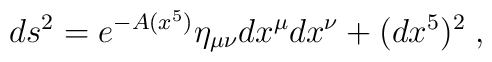
ds^2 = e^{-A(x^5)} \eta_{\mu\nu} dx^\mu dx^\nu + (dx^5)^2 \; ,